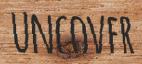
UNCOVER